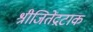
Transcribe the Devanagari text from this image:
श्रीजितेंद्रटाक